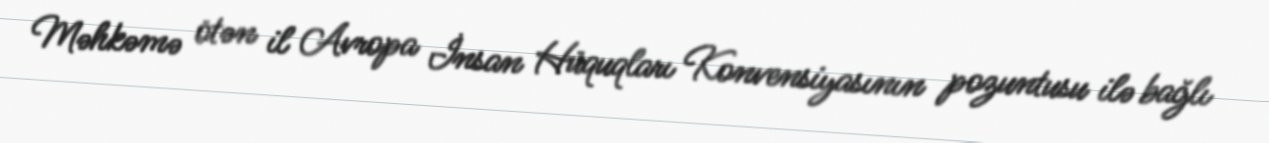
Məhkəmə ötən il Avropa İnsan Hüquqları Konvensiyasının pozuntusu ilə bağlı